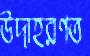
উদাহরণত